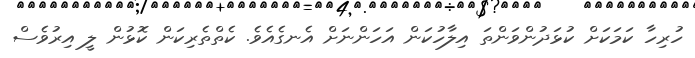
ހުރިހާ ކަމަކަށް ކުޅަދުންވަންތަ އިލާހުކަން އަހަންނަށް އެނގެއެވެ. ކެތްތެރިކަން ކޮޅުން ލީ އިރުވެސް